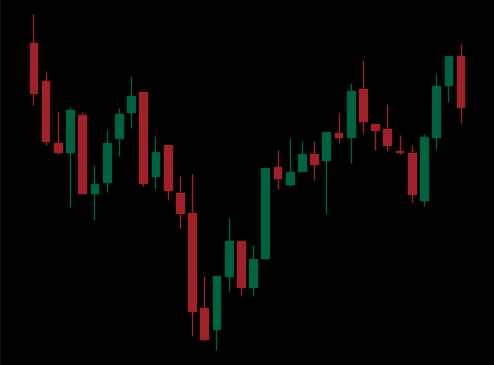
Pattern: inverse_head_shoulders